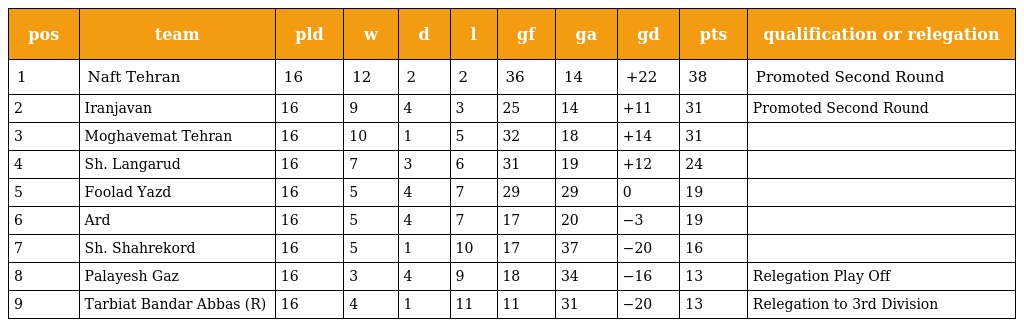
| pos | team | pld | w | d | l | gf | ga | gd | pts | qualification or relegation |
 | --- | --- | --- | --- | --- | --- | --- | --- | --- | --- | --- |
 | 1 | Naft Tehran | 16 | 12 | 2 | 2 | 36 | 14 | +22 | 38 | Promoted Second Round |
 | 2 | Iranjavan | 16 | 9 | 4 | 3 | 25 | 14 | +11 | 31 | Promoted Second Round |
 | 3 | Moghavemat Tehran | 16 | 10 | 1 | 5 | 32 | 18 | +14 | 31 |  |
 | 4 | Sh. Langarud | 16 | 7 | 3 | 6 | 31 | 19 | +12 | 24 |  |
 | 5 | Foolad Yazd | 16 | 5 | 4 | 7 | 29 | 29 | 0 | 19 |  |
 | 6 | Ard | 16 | 5 | 4 | 7 | 17 | 20 | −3 | 19 |  |
 | 7 | Sh. Shahrekord | 16 | 5 | 1 | 10 | 17 | 37 | −20 | 16 |  |
 | 8 | Palayesh Gaz | 16 | 3 | 4 | 9 | 18 | 34 | −16 | 13 | Relegation Play Off |
 | 9 | Tarbiat Bandar Abbas (R) | 16 | 4 | 1 | 11 | 11 | 31 | −20 | 13 | Relegation to 3rd Division |